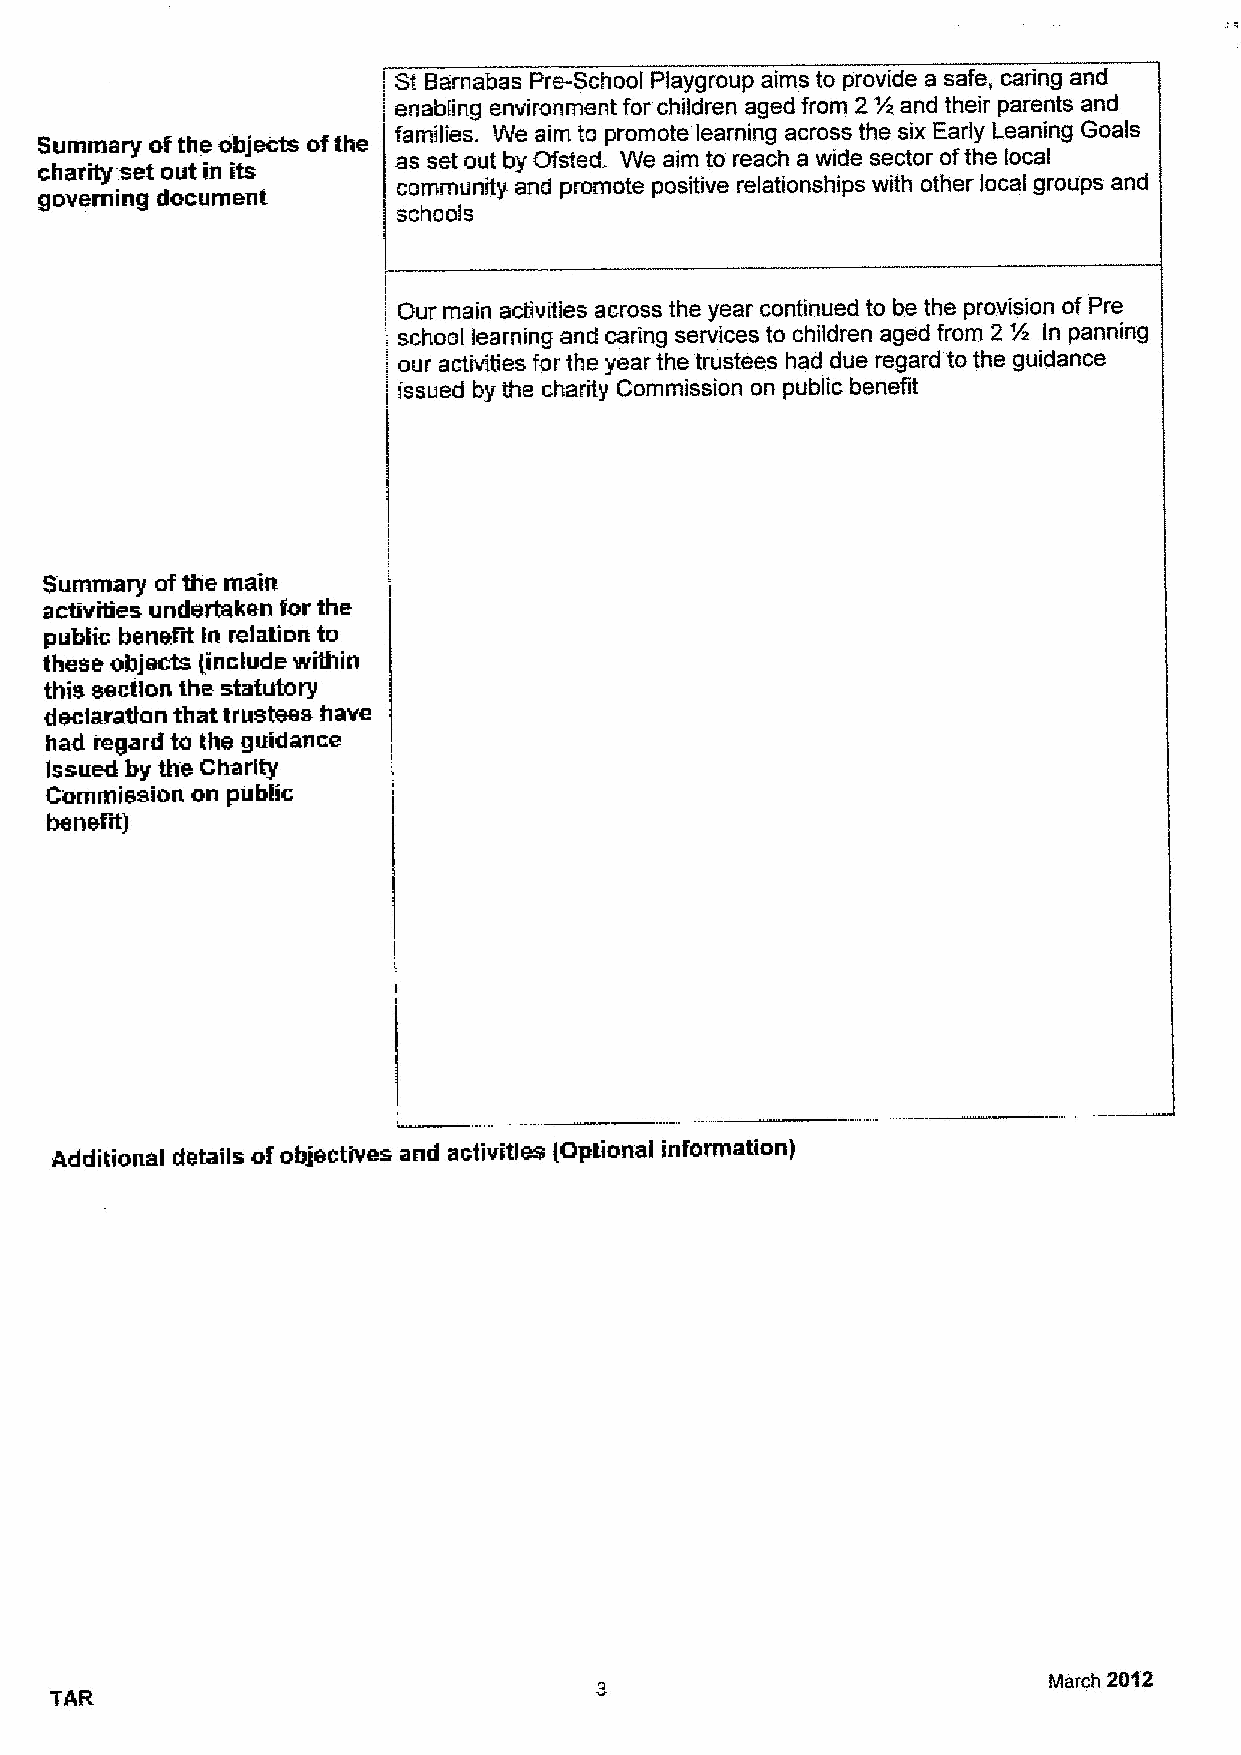
St Barnabas Pre-School Playgroup aims to provide a safe, caring and
 enabling environment for children aged from 2N and their parents and
 Summary ofthe objects ofthe families. We aim to promote learning across the six Early Leaning Goals
 charity set out in its as set out by Ofsted. We aim to reach a wide sector ofthe local
 community and promote positive relationships with other local groups and
 governing document
 schools
 Our main activities across the year continued to be the provision of Pre
 school learning and caring services to children aged from 2 '/~ in panning
 our activities for the year the trustees had due regard to the guidance
 issued by the charity Commission on public benefit
 Summary ofthe main
 activities undertaken for the
 public benefit in relation to
 these objects (include within
 this section the statutory
 declaration that trustees have
 had regard to the guidance
 issued by the Charity
 Commission on pubHc
 benefit)
 Additional details ofobjectives and activities (Optional information)
 March 2012
 TAR